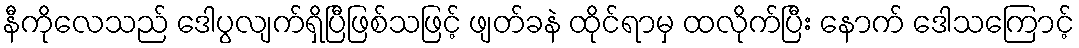
နီကိုလေသည် ဒေါပွလျက်ရှိပြီဖြစ်သဖြင့် ဖျတ်ခနဲ ထိုင်ရာမှ ထလိုက်ပြီး နောက် ဒေါသကြောင့်